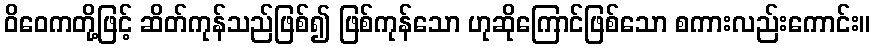
ဝိဝေကတို့ဖြင့် ဆိတ်ကုန်သည်ဖြစ်၍ ဖြစ်ကုန်သော ဟုဆိုကြောင်ဖြစ်သော စကားလည်းကောင်း။